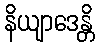
နိယျာဒေန္တိ